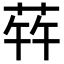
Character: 𬝀